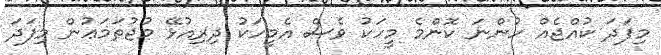
މިފަދަ ކުއްޖެއް ހުންނަ ކޮންމެ މީހަކު ވެސް އެމީހަކު ދިރިއުޅޭ މުޖުތަމަޢުން މިފަދަ